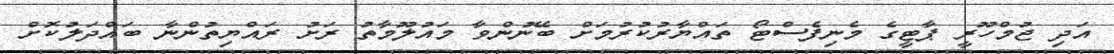
އަދި ޖުމްހޫރީ ޕާޓީގެ މެނިފެސްޓޯ ތައްޔާރުކުރުމަށް ބޭނުންވާ މައުލޫމާތު ރަށު ރައްޔިތުންނާ ބައްދަލުކޮށް